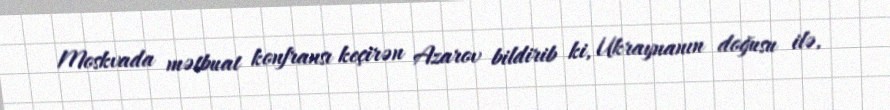
Moskvada mətbuat konfransı keçirən Azarov bildirib ki, Ukraynanın doğusu ilə,